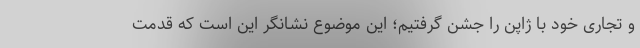
و تجاری خود با ژاپن را جشن گرفتیم؛ این موضوع نشانگر این است که قدمت